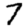
Digit: 7